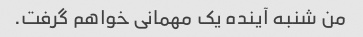
من شنبه آینده یک مهمانی خواهم گرفت.